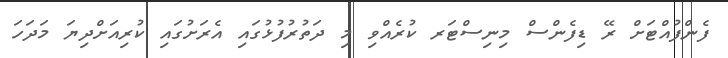
ފެންފުއްޓަށް ރޭ ޑިފެންސް މިނިސްޓަރ ކުރެއްވި މި ދަތުރުފުޅުގައި އެރަށުގައި ކުރިއަށްދިޔަ މަދަހަ